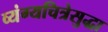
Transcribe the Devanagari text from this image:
व्यंग्यचित्रेसुद्धा